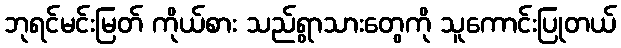
ဘုရင်မင်းမြတ် ကိုယ်စား သည်ရွာသားတွေကို သူကောင်းပြုတယ်